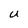
Character: U